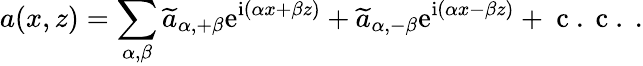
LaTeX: a(x,z)=\sum_{\alpha,\beta}\widetilde{a}_{\alpha,+\beta}\mathrm{e}^{\mathrm{i}(\alpha x+\beta z)}+\widetilde{a}_{\alpha,-\beta}\mathrm{e}^{\mathrm{i}(\alpha x-\beta z)}+\mathrm{~c~.~c~.~}.